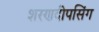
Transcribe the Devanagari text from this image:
शरणदीपसिंग